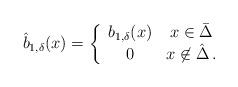
LaTeX: \begin{align*}\hat{b}_{1,\delta}(x) =\left\{\begin{array}{cc}b_{1,\delta}(x) & x \in \bar \Delta\\0 & x \not\in \hat \Delta\,.\end{array} \right.\end{align*}